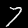
Digit: 7